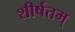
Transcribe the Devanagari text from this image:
शीर्षतम्